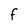
Character: F